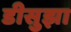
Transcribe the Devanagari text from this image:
डीसुझा